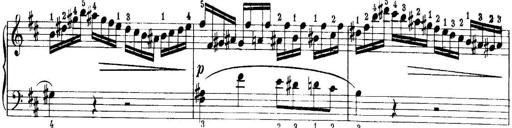
Title: Quatres sonatines
Composer: Tadeusz Joteyko